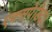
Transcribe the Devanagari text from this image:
एक्सपेडिटर